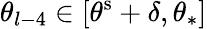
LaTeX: \theta_{l-4}\in[\theta^{\mathrm{s}}+\delta,\theta_{\ast}]